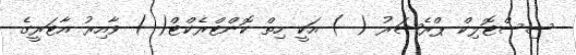
ސިސްޓޮލިކް ޕްރެޝަރު ( ) އަކީ ހިތް ކޮންޓްރެކްޓް( ) ވާއިރު އާޓަރީގެ